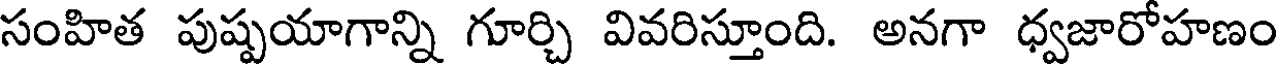
సంహిత పుష్పయాగాన్ని గూర్చి వివరిస్తూంది. అనగా ధ్వజారోహణం